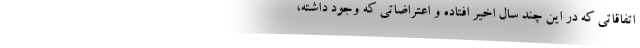
اتفاقاتی که در این چند سال اخیر افتاده و اعتراضاتی که وجود داشته،